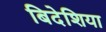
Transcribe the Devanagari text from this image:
बिदेशिया